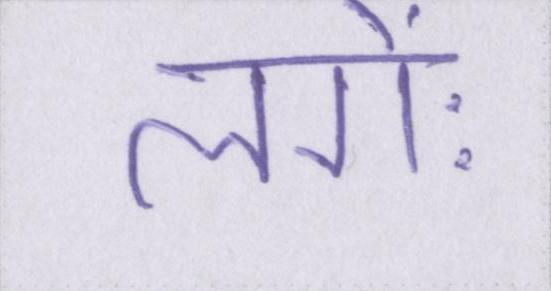
लगेः